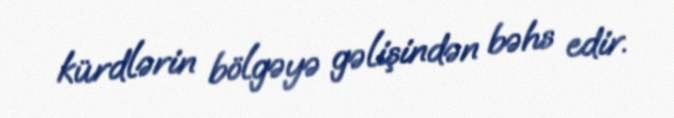
kürdlərin bölgəyə gəlişindən bəhs edir.